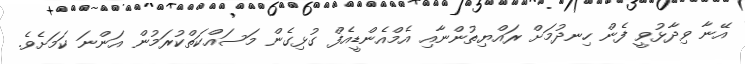
އޭނާ ވިދާޅުވީ ފެން ހިނދުމަށް ރައްޔިތުންނާއި އެމްއެންޑީއެފް ގުޅިގެން މަސައްކަތްކުރަމުން އަންނަ ކަމަށެވެ.